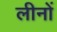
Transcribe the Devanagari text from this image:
लीनों